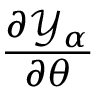
\frac { \partial { \mathscr Y } _ { \alpha } } { \partial \theta }